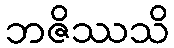
ဘဇိဿသိ